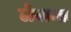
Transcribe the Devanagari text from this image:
लेवान्त